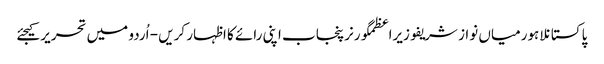
پاکستانلاہورمیاں نواز شریفوزیراعظمگورنرپنجاب اپنی رائے کا اظہار کریں - اُردو میں تحریر کیجئے